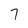
Character: 7